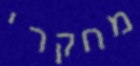
מחקרי